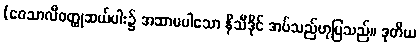
(ဝေသာလီဝတ္ထုဆယ်ပါး၌ အဆာမပါသော နိသီဒိုင် အပ်သည်ဟုပြသည်။ ဒုတိယ